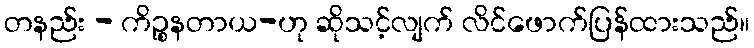
တနည်း - ကိဉ္စနတာယ-ဟု ဆိုသင့်လျက် လိင်ဖောက်ပြန်ထားသည်။